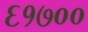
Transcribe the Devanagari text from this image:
६१७००